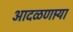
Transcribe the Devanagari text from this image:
आदळणार्‍या